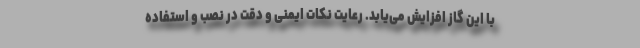
با این گاز افزایش می‌یابد. رعایت نکات ایمنی و دقت در نصب و استفاده